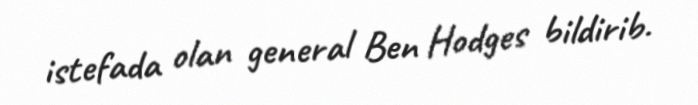
istefada olan general Ben Hodges bildirib.